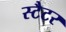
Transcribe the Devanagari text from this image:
स्टैटर